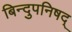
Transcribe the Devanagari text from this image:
बिन्दुपनिषद्